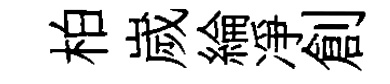
柏嵗綸凈創